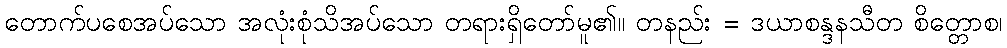
တောက်ပစေအပ်သော အလုံးစုံသိအပ်သော တရားရှိတော်မူ၏။ တနည်း = ဒယာစန္ဒနသီတ စိတ္တောစ၊